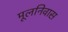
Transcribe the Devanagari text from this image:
मूलनिवास